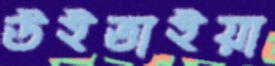
উইত্তাইয়া